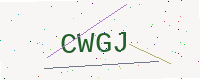
Text: CWGJ